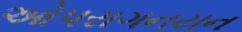
ઓપરાગનયન